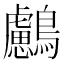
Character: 𪇸